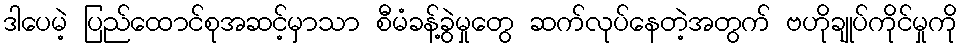
ဒါပေမဲ့ ပြည်ထောင်စုအဆင့်မှာသာ စီမံခန့်ခွဲမှုတွေ ဆက်လုပ်နေတဲ့အတွက် ဗဟိုချုပ်ကိုင်မှုကို